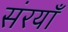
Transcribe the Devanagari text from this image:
संरयाँ